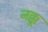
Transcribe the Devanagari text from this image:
नक्कू